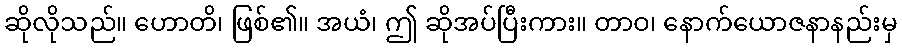
ဆိုလိုသည်။ ဟောတိ၊ ဖြစ်၏။ အယံ၊ ဤ ဆိုအပ်ပြီးကား။ တာဝ၊ နောက်ယောဇနာနည်းမှ